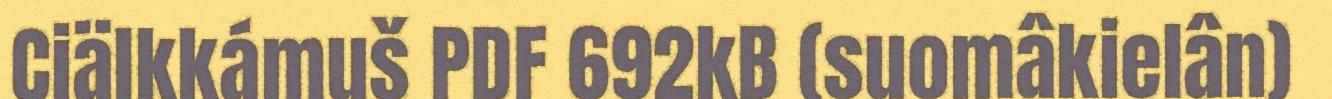
Ciälkkámuš PDF 692kB (suomâkielân)